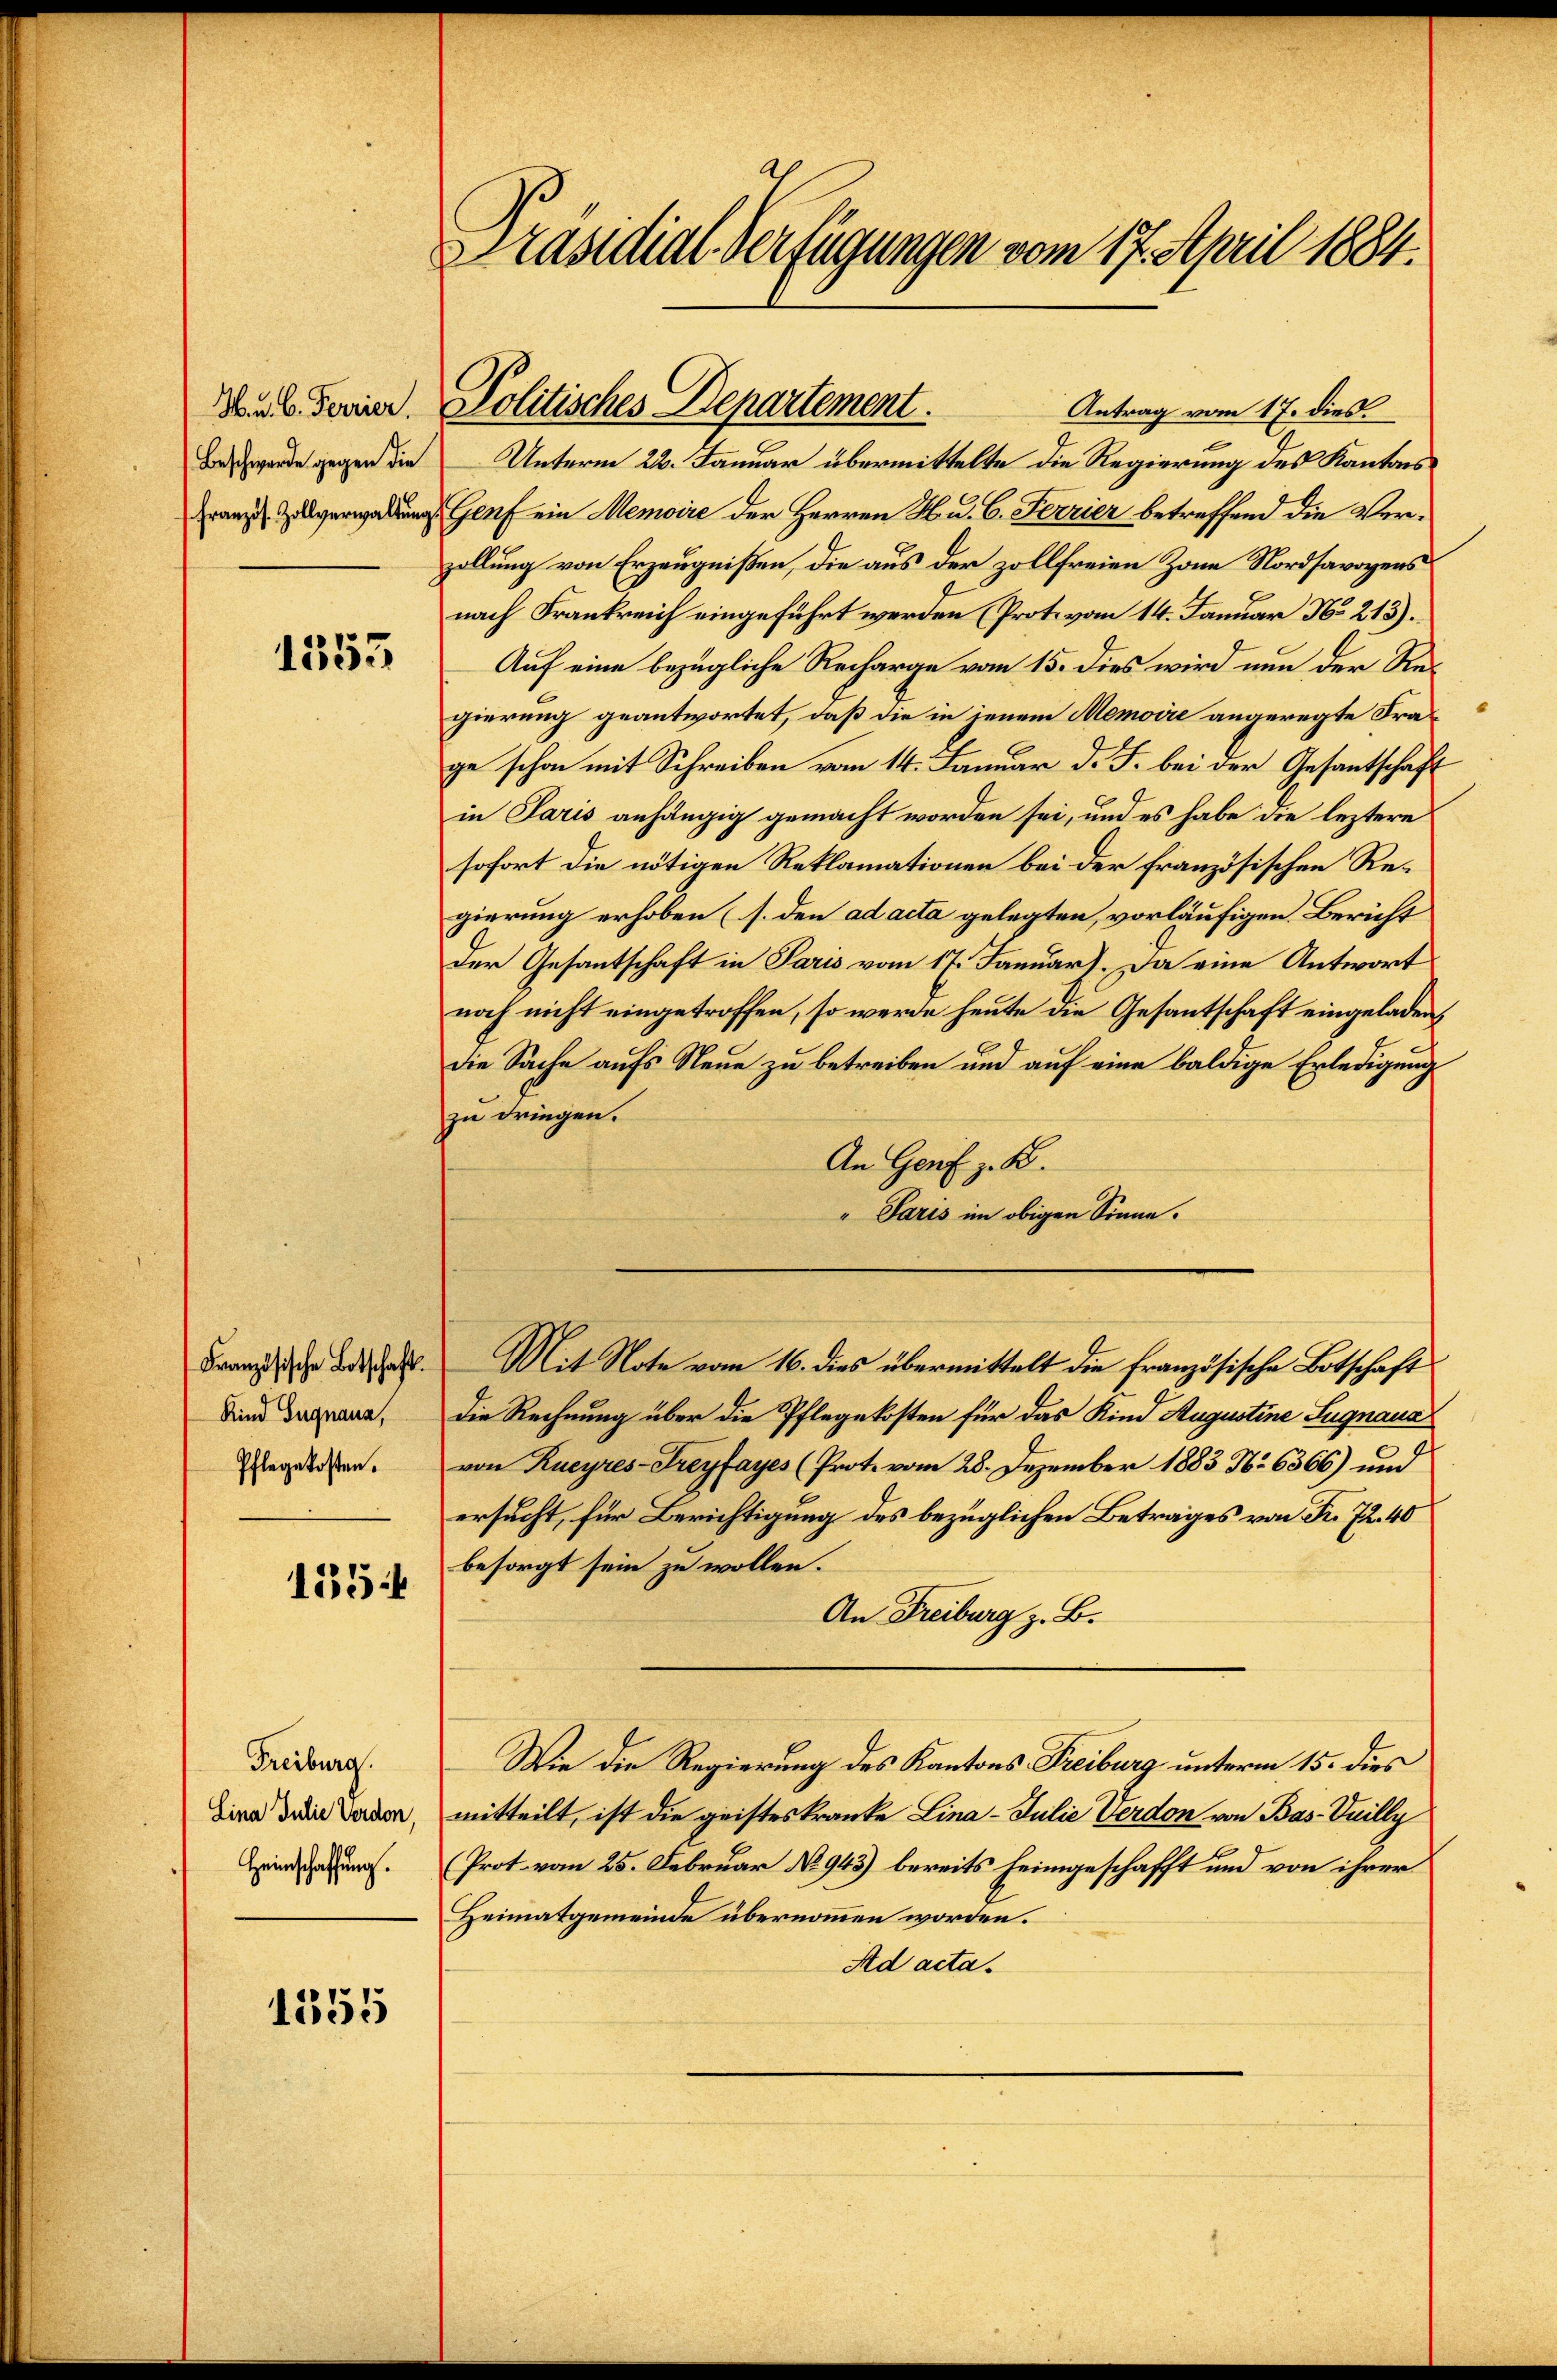
Beschwerde gegen die

1353

Französische Botschaft.
Kind Sugnaun,
Pflegekosten.

155

Freiburg.
Lina Julie Verdon,
Heimschaffung.

1355

Präsidial-Verfügungen vom 17. April 1884.

Antrag vom 17. dies
Unterm 22. Januar übermittelte die Regierung des Kantons
Franz zu verwaltung Genf ein Memoire der Herren H. d. 6. Ferrier betreffend die Verzollung von Erzeugnißen, die aus der zollfreien Zone Nordsavoyens
nach Frankreich eingeführt werden (Prot. vom 14. Januar No 215).
Auf eine bezügliche Recharge vom 15. dies wird nun der Regierung geantwortet, daß die in jenem Memoire angeregte Frage schon mit Schreiben vom 14. Januar d. J. bei der Gesantschaft
in Paris anhängig gemacht worden sei, und es habe die leztere
sofort die nötigen Reklamationen bei der französischen Regierung erhoben (s. den ad acta gelegten, vorläufigen. Bericht
der Gesantschaft in Paris vom 17. Januar). Da eine Antwort
noch nicht eingetroffen, so werde heute die Gesantschaft eingeladen,
die Sache aufs Neue zu betreiben und auf eine baldige Erledigung
zu dringen.
An Genf z. B.
" Paris im obigen Sinne.
Mit Note vom 16. dies übermittelt die französische Botschaft
Die Rechnung über die Pflegekosten für das Kind Augustine Lugnaua
von Kueyres-Freyfayes (Prot. vom 28. Dezember 1883 No 6366) und
ersucht, für Berichtigung des bezüglichen Betrages von Fr. 72. 40
besorgt sein zu wollen.
An Freiburg z. B.
Wie die Regierung des Kantons Freiburg unterm 15. dies
mitteilt, ist die geisteskranke Lina Julie Verdon von Bas- Vuilly
Prot. vom 25. Februar No. 943) bereits heimgeschafft und von ihrer
Heimatgemeinde übernommen worden.
Ad acta.

6. Ferier. Politisches Departement.